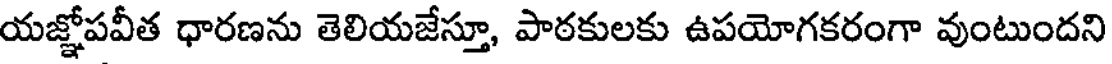
యజ్ఞోపవీత ధారణను తెలియజేస్తూ, పాఠకులకు ఉపయోగకరంగా వుంటుందని